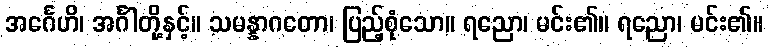
အင်္ဂေဟိ၊ အင်္ဂါတို့နှင့်။ သမန္နာဂတော၊ ပြည့်စုံသော။ ရညော၊ မင်း၏။ ရညော၊ မင်း၏။